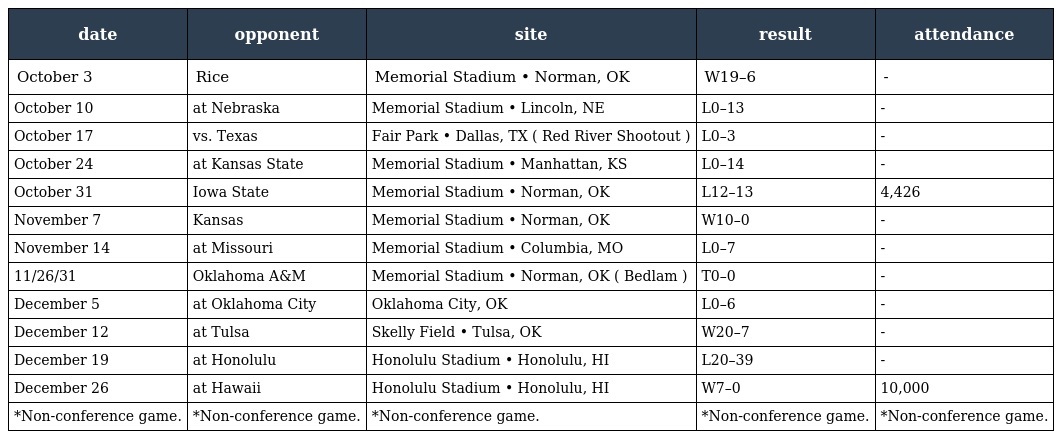
| date | opponent | site | result | attendance |
 | --- | --- | --- | --- | --- |
 | October 3 | Rice | Memorial Stadium • Norman, OK | W19–6 | - |
 | October 10 | at Nebraska | Memorial Stadium • Lincoln, NE | L0–13 | - |
 | October 17 | vs. Texas | Fair Park • Dallas, TX ( Red River Shootout ) | L0–3 | - |
 | October 24 | at Kansas State | Memorial Stadium • Manhattan, KS | L0–14 | - |
 | October 31 | Iowa State | Memorial Stadium • Norman, OK | L12–13 | 4,426 |
 | November 7 | Kansas | Memorial Stadium • Norman, OK | W10–0 | - |
 | November 14 | at Missouri | Memorial Stadium • Columbia, MO | L0–7 | - |
 | 11/26/31 | Oklahoma A&M | Memorial Stadium • Norman, OK ( Bedlam ) | T0–0 | - |
 | December 5 | at Oklahoma City | Oklahoma City, OK | L0–6 | - |
 | December 12 | at Tulsa | Skelly Field • Tulsa, OK | W20–7 | - |
 | December 19 | at Honolulu | Honolulu Stadium • Honolulu, HI | L20–39 | - |
 | December 26 | at Hawaii | Honolulu Stadium • Honolulu, HI | W7–0 | 10,000 |
 | *Non-conference game. | *Non-conference game. | *Non-conference game. | *Non-conference game. | *Non-conference game. |